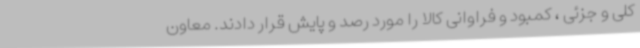
کلی و جزئی ، کمبود و فراوانی کالا را مورد رصد و پایش قرار دادند. معاون